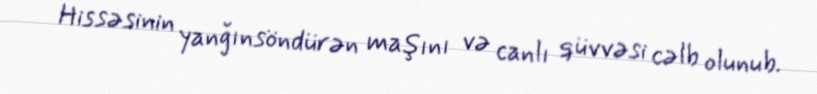
Hissəsinin yanğınsöndürən maşını və canlı qüvvəsi cəlb olunub.